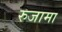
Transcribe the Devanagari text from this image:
रुजामा